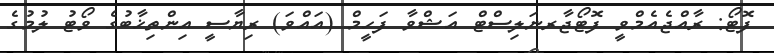
ފޮޓޯ: ރާއްޖެއެމްވީ ފޮޓޯޖާރނަލިސްޓް އަޝްވާ ފަހީމް (އައްވަ) ރިޔާސީ އިންތިޚާބުގެ ވޯޓު ލުމުގެ